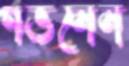
গর্ভনেন